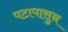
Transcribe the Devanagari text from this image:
पटापासुन